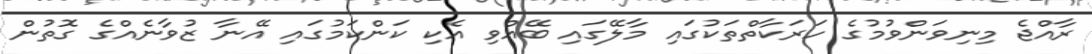
ރާއްޖެ މިނިވަންވުމުގެ ހަރަކާތްތަކުގައި މާލޭގައި ބޭއްވި އެކި ކަންކަމުގައި އޭނާ ޒުވާނެއްގެ ގޮތުން